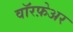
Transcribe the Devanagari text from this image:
वॉरफ़ेअर